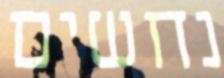
נחשים